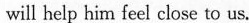
will help him feel close to us.